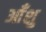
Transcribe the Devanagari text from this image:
आँशु